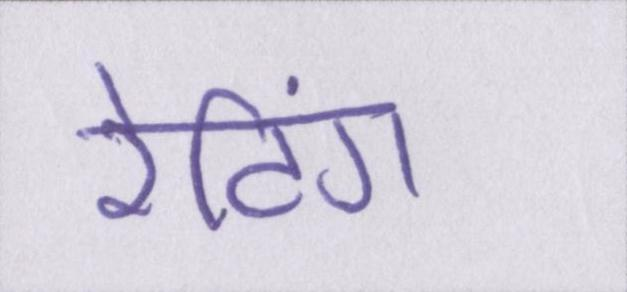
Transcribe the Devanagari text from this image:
रेटिंग